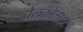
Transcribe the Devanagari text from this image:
चेलकोलाइट